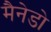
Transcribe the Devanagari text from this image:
मैनेडो